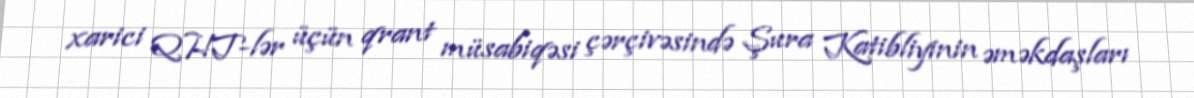
xarici QHT-lər üçün qrant müsabiqəsi çərçivəsində Şura Katibliyinin əməkdaşları